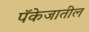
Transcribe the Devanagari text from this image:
पॅकेजातील